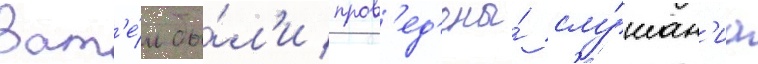
Зат'е́м бы́л'и пров'ед'ены́ слу́шан'иа